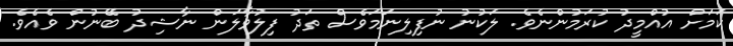
ކަމަށް އުއްމީދު ކުރަމުންނެވެ. ލަކުނު ނުފިލިނަމަވެސް ތަދު ފިލުވާލަން ނާޝިދު ބޭނުން ވެއެވެ.